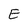
Character: E